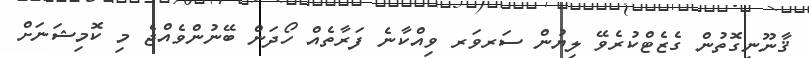
ޤާނޫނީގޮތުން ގެޒެޓްކުރެވޭ ލިޔުން ސަރވަރ ވިއްކާނެ ފަރާތެއް ހޯދަން ބޭނުންވެއްޖެ މި ކޮމިޝަނަށް